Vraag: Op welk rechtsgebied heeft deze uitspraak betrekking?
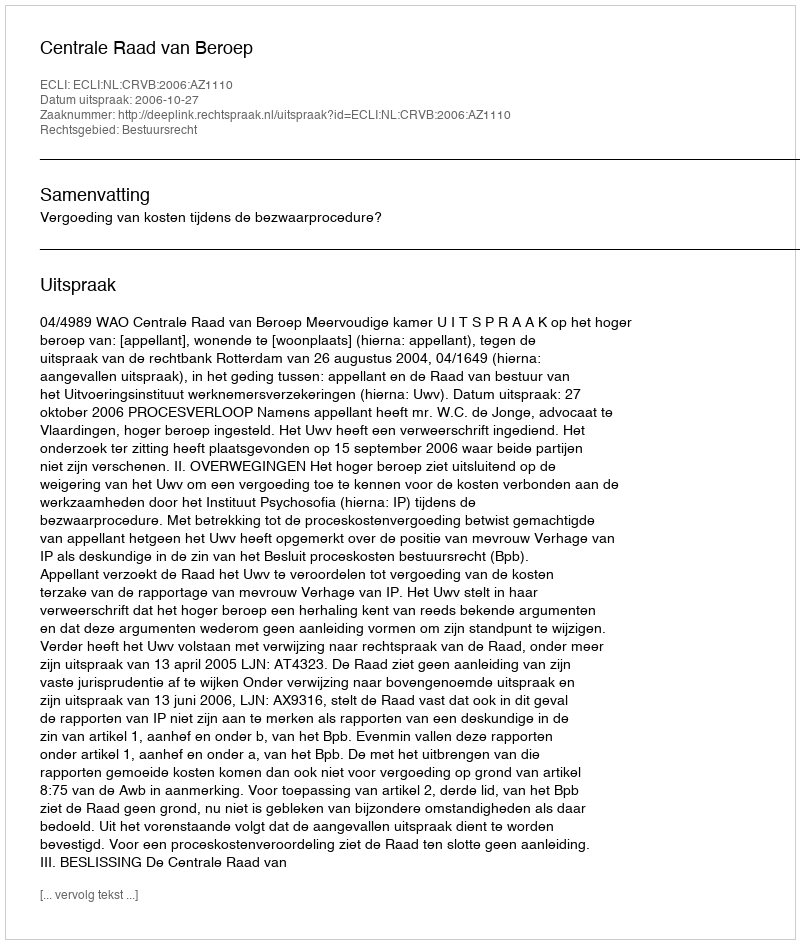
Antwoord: Bestuursrecht